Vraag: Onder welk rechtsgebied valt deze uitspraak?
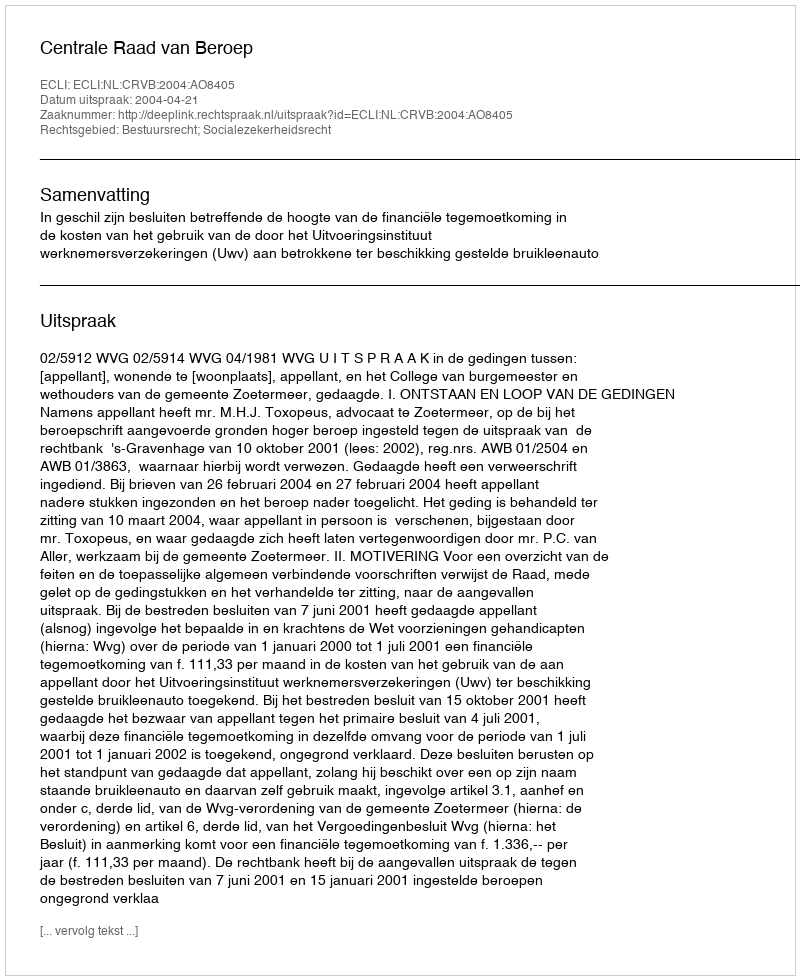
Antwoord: Bestuursrecht; Socialezekerheidsrecht